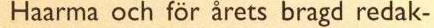
Haarma och för årets bragd redak-